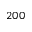
2 0 0